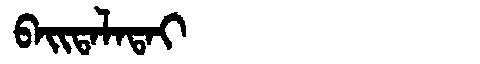
Manchu: ᠪᠠᡳᡨᠠᠯᠠᡨᠠᡳ
Romanization: BAITALATAI